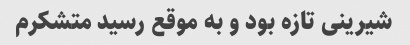
شیرینی تازه بود و به موقع رسید متشکرم